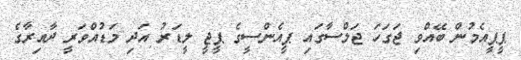
ޕީޕީއެމުން ބޭއްވި ޖަގަހަ ޖަލްސާގައި ޕީއެންސީގެ ޕީޖީ ލީޑަރު އަދި މަޑުއްވަރީ ދާއިރާގެ